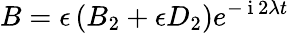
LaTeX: B=\epsilon\left(B_{2}+\epsilon D_{2}\right)e^{-\mathrm{~i~}2\lambda t}